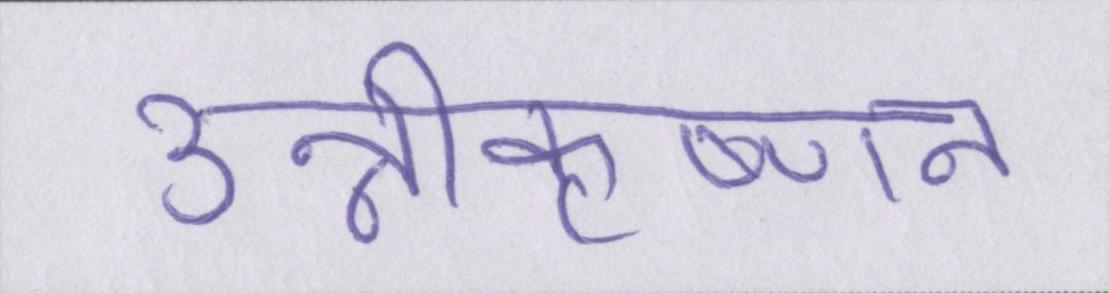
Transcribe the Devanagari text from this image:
उन्नीकृष्णन